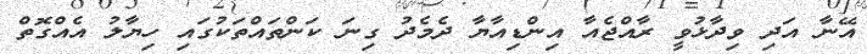
އޭނާ އަދި ވިދާޅުވީ ރާއްޖެއާ އިންޑިއާޔާ ދެމެދު ގިނަ ކަންތައްތަކުގައި ހިޔާލު އެއްގޮތް